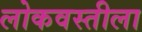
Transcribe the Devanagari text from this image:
लोकवस्तीला